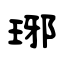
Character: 琊